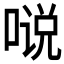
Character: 𱓤